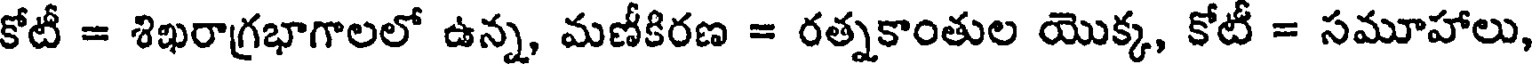
కోటీ = శిఖరాగ్రభాగాలలో ఉన్న, మణీకిరణ = రత్నకాంతుల యొక్క, కోటీ = సమూహాలు,